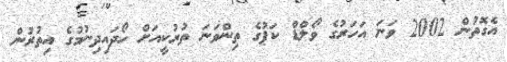
އެގޮތުން 2002 ވަނަ އަހަރުގެ ވޯލްޑް ކަޕުގެ ތިންވަނަ ތުރުކީއަށް ހޯދައިދިނުމުގެ އިތުރުން